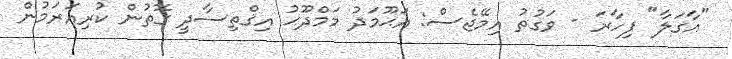
"އާގަލާ" ފިހާރަ - ވަގުތު އިމޭޖެސް: އަޙޫމަދު މަމްދޫޙު އިޤްތިސާދީ ގޮތުން ކުރިއަރަމުން